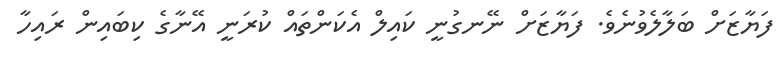
ފަޔާޒަަށް ބަލާލެވުނެވެ. ފަޔާޒަށް ނޭނގުނީ ކައިލް އެކަންތައް ކުރަނީ އޭނާގެ ކިބައިން ރައިހާ